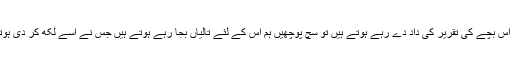
ہم جب اس بچے کی تقریر کی داد دے رہے ہوتے ہیں تو سچ پوچھیں ہم اس کے لئے تالیاں بجا رہے ہوتے ہیں جس نے اسے لکھ کر دی ہوتی ہے۔